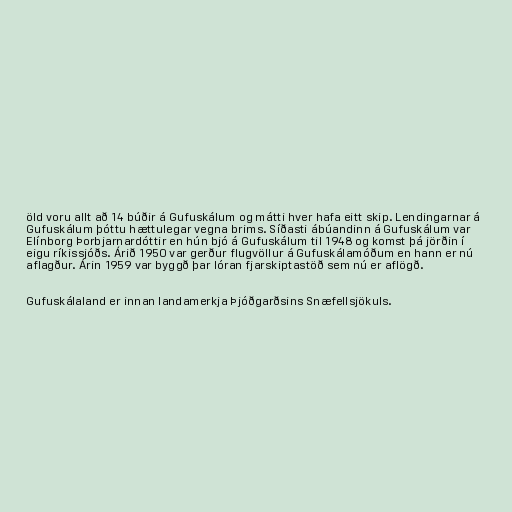
öld voru allt að 14 búðir á Gufuskálum og mátti hver hafa eitt skip. Lendingarnar á
Gufuskálum þóttu hættulegar vegna brims. Síðasti ábúandinn á Gufuskálum var
Elínborg Þorbjarnardóttir en hún bjó á Gufuskálum til 1948 og komst þá jörðin í
eigu ríkissjóðs. Árið 1950 var gerður flugvöllur á Gufuskálamóðum en hann er nú
aflagður. Árin 1959 var byggð þar lóran fjarskiptastöð sem nú er aflögð.

Gufuskálaland er innan landamerkja Þjóðgarðsins Snæfellsjökuls.